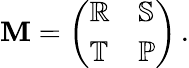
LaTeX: \mathbf{M}=\left(\begin{array}{ll}{\mathbb{R}}&{\mathbb{S}}\\ {\mathbb{T}}&{\mathbb{P}}\end{array}\right)\, .